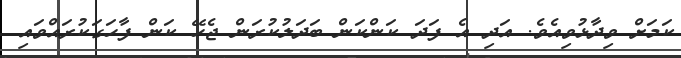
ކަމަށް ވިދާޅުވިއެވެ. އަދި އެ ފަދަ ކަންކަން ބަދަލުކުރަން ޖެހޭ ކަން ފާހަގަކުރައްވައި